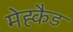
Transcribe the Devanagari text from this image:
मेह्कैड